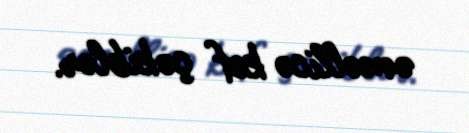
əməllicə kef çəkiblər.